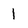
Character: I